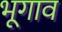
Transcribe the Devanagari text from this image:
भूगाव